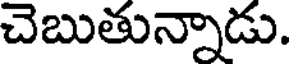
చెబుతున్నాడు.